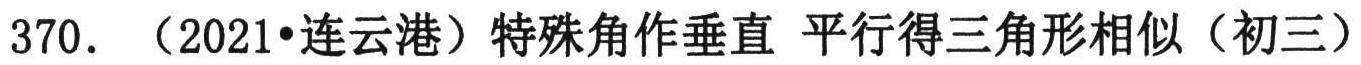
370. （2021•连云港）特殊角作垂直 平行得三角形相似（初三）